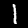
Label: 1